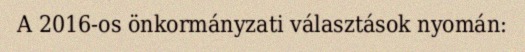
A 2016-os önkormányzati választások nyomán: